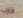
قارب